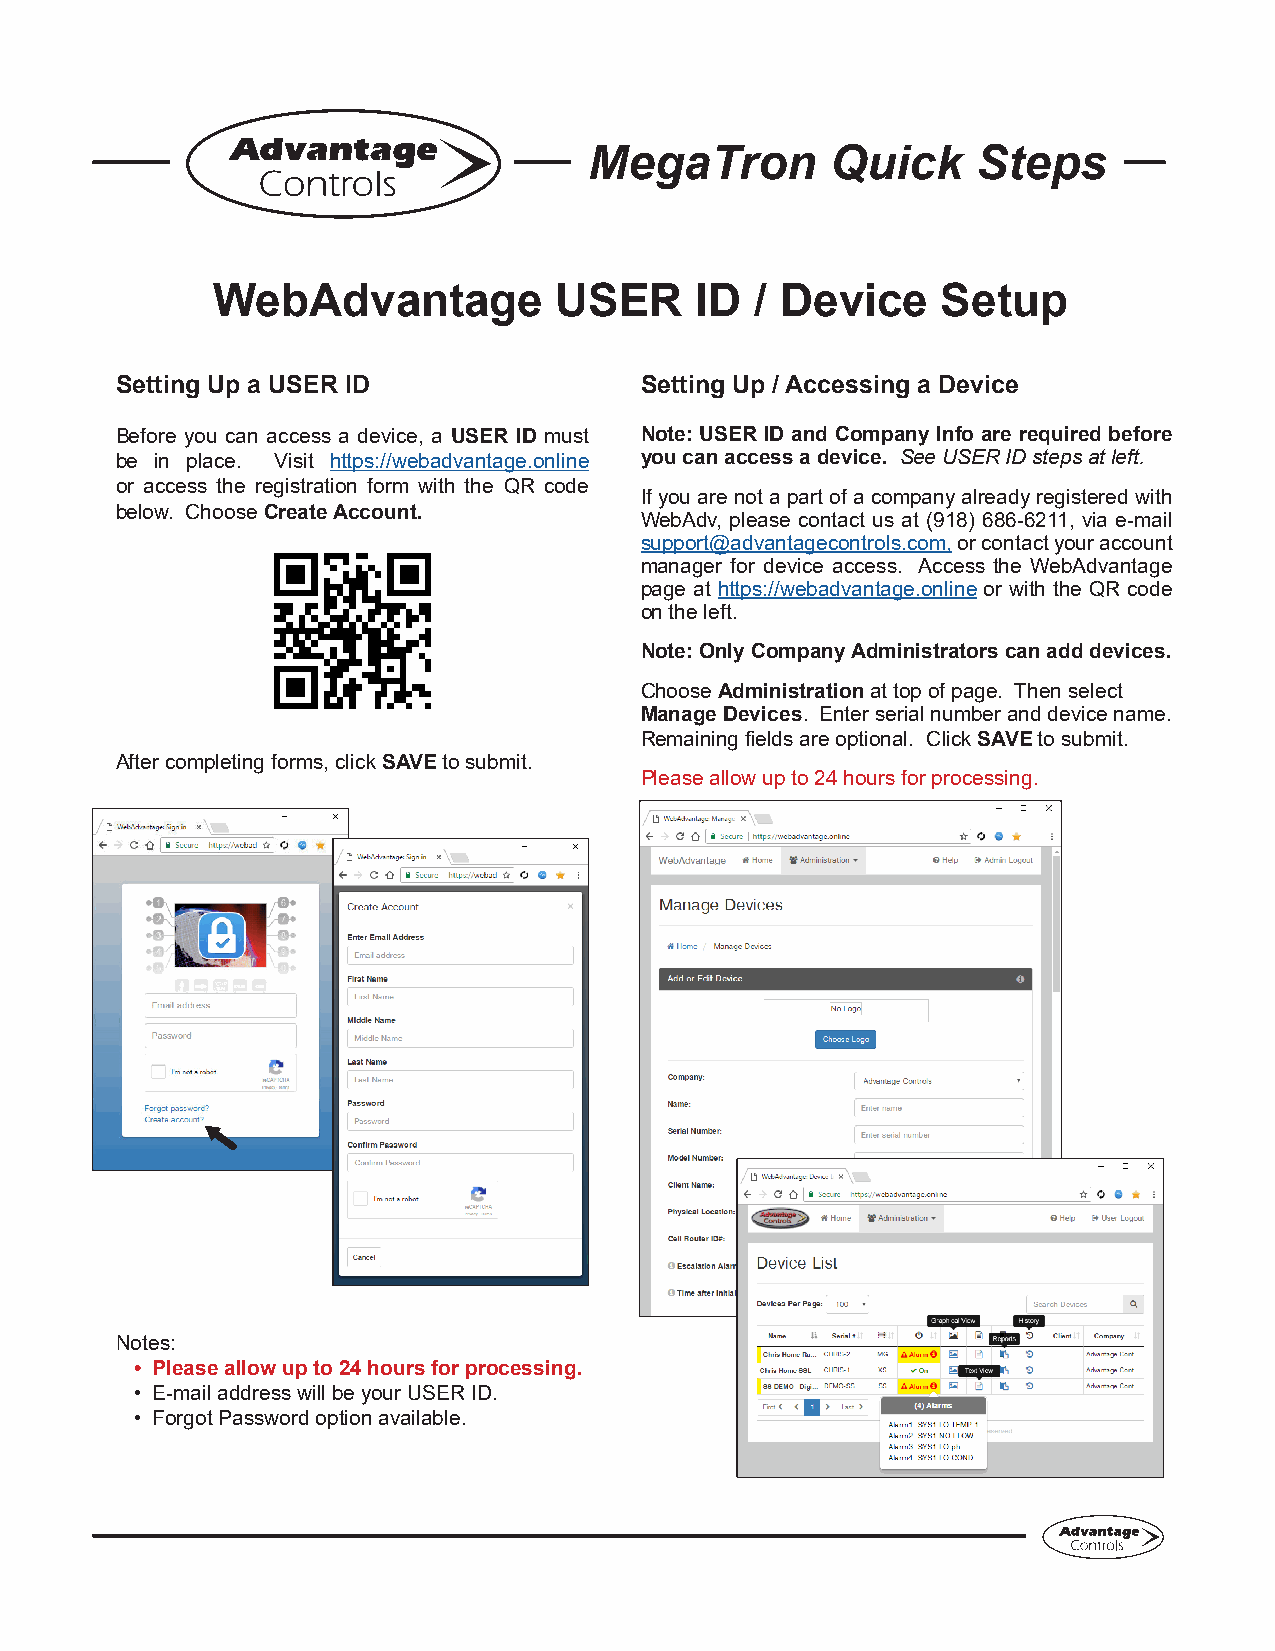
MegaTron        Quick     Steps
 WebAdvantage           USER     ID  / Device    Setup
 Setting Up a USER ID              Setting Up / Accessing a Device
 Before you can access a device, a USER ID must Note: USER ID and Company Info are required before
 be in place. Visit https://webadvantage.online you can access a device. See USER ID steps at left.
 or access the registration form with the QR code
 If you are not a part of a company already registered with
 below. Choose Create Account.
 WebAdv, please contact us at (918) 686-6211, via e-mail
 support@advantagecontrols.com, or contact your account
 manager for device access. Access the WebAdvantage
 page at https://webadvantage.online or with the QR code
 on the left.
 Note: Only Company Administrators can add devices.
 Choose Administration at top of page. Then select
 Manage Devices. Enter serial number and device name.
 Remaining fields are optional. Click SAVE to submit.
 After completing forms, click SAVE to submit.
 Please allow up to 24 hours for processing.
 Notes:
 • Please allow up to 24 hours for processing.
 • E-mail address will be your USER ID.
 • Forgot Password option available.